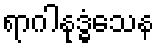
ရာဂါနုဒ္ဓံသေန